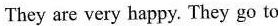
They are very happy. They go to